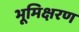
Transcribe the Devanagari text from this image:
भूमिक्षरण